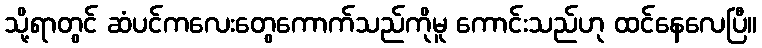
သို့ရာတွင် ဆံပင်ကလေးတွေကောက်သည်ကိုမူ ကောင်းသည်ဟု ထင်နေလေပြီ။